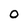
Character: o